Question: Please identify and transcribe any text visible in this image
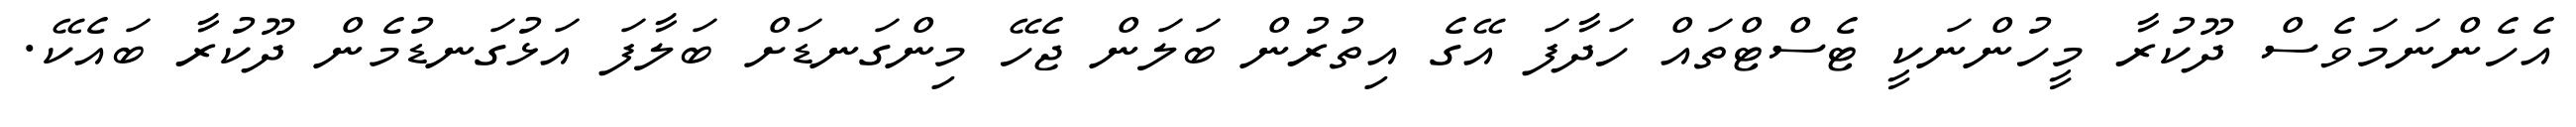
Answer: އެހެންނަމަވެސް ދޫކުރާ މީހުންނަކީ ޓެސްޓްތައް ހަދާފަ އޭގެ އިތުރުން ބަލަން ޖެހޭ މިންގަނޑަށް ބަލާފަ އަޅުގަނޑުމެން ދޫކުރާ ބައެކޭ.